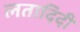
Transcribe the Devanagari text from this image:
लतादिदी